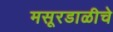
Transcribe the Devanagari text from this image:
मसूरडाळीचे